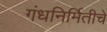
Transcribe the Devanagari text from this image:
गंधनिर्मितीचे